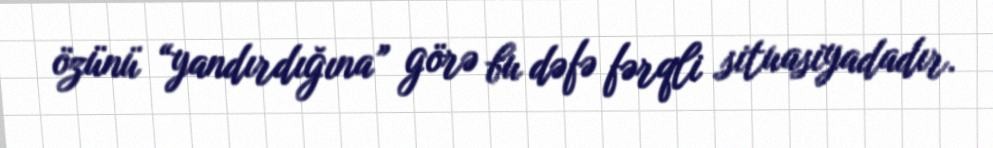
özünü “yandırdığına” görə bu dəfə fərqli situasiyadadır.